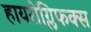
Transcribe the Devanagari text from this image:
हायरोग्लिफक्स